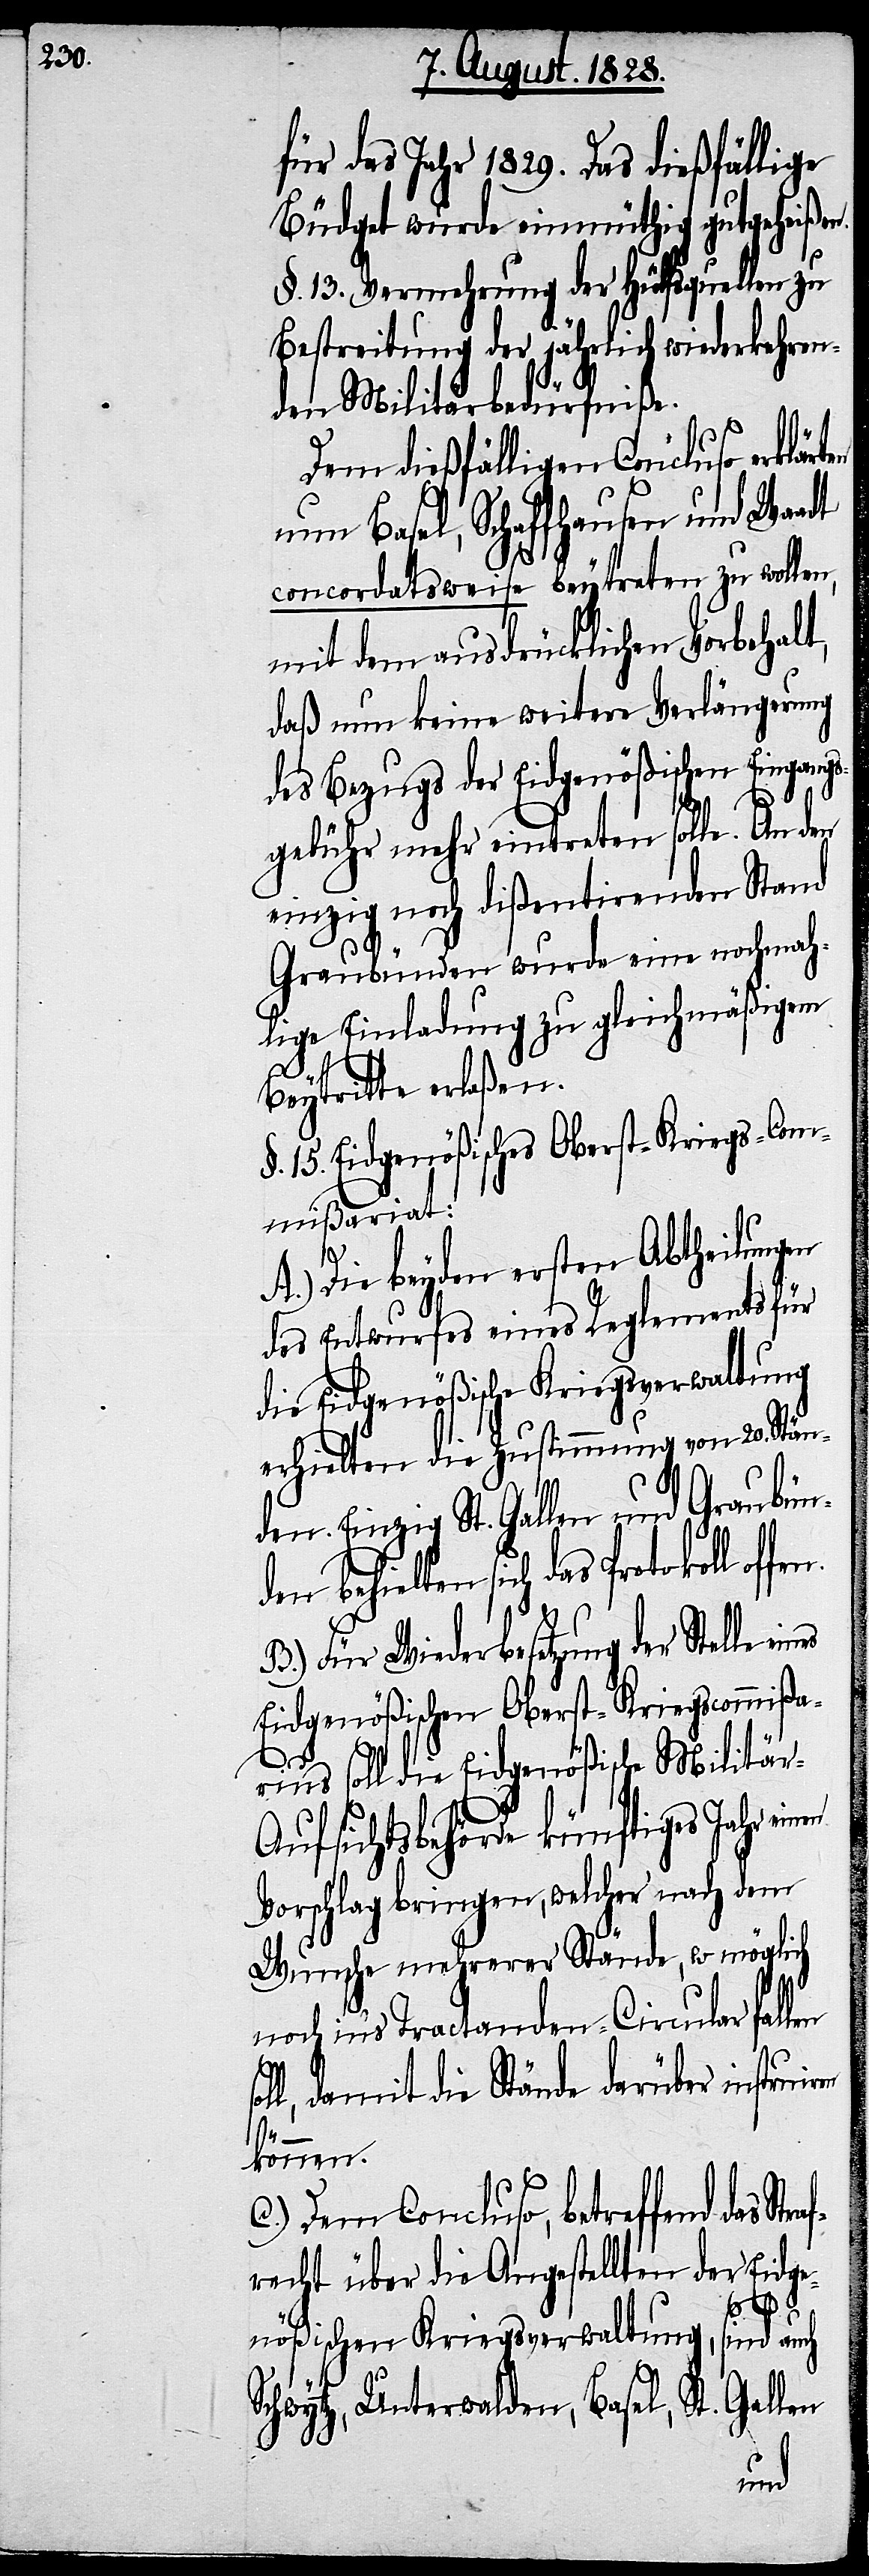
für das Jahr 1829. Das dießfällige
Büdget wurde einmüthig gutgeheißen.
§. 13. Vermehrung der Hülfsquellen zu
Bestreitung der jährlich wiederkehren¬
den Militärbedürfniße.
Dem dießfälligen Concluso erklärten
nun Basel, Schaffhausen und Waadt
concordatsweise beytreten zu wollen,
mit dem ausdrücklichen Vorbehalt,
daß nun keine weitere Verlängerung
des Bezugs der Eidgenößischen Eingangs¬
gebühr mehr eintreten solle. An den
einzig noch dißentirenden Stand
Graubünden wurde eine nochmah¬
lige Einladung zu gleichmäßigem
Beytritte erlaßen.
§. 15. Eidgenößisches Oberst-Kriegs-Com¬
mißariat:
A.) Die beyden ersten Abtheilungen
des Entwurfes eines Reglements für
die Eidgenößische Kriegsverwaltung
erhielten die Zustimmung von 20. Stän¬
den. Einzig St. Gallen und Graubün¬
behielten sich das Protokoll off¬
B.) Für Wiederbesetzung der Stelle
Eidgenößischen Oberst-Kriegscommißa¬
en
rius soll die Eidgenößische Militä¬
r-Aufsichtsbehörde künftiges Jahr ein¬
Vorschlag bringen, welcher nach dem
Wunsche mehrerer Stände, w[o] möglich
noch ins Tractanden-Circular fallen
S¬
oll, damit die Stände darüber instruiren
t.
können.
C.) Dem Concluso, betreffend das Str¬
recht über die Angestellten der Eidge¬
nößischen Kriegsverwaltung,
sind auch
Gallen
chwytz, Unterwalden, Basel, S¬